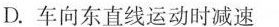
D.车向东直线运动时减速